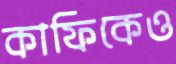
কাফিকেও